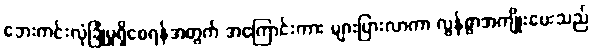
ဘေးကင်းလုံခြုံမှုရှိစေရန်အတွက် အကြောင်းကား များပြားလာကာ လွန်စွာအကျိုးပေးသည်